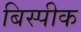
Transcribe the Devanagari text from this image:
बिस्पीक